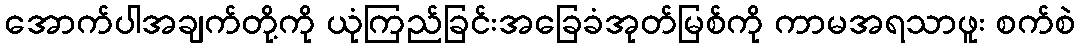
အောက်ပါအချက်တို့ကို ယုံကြည်ခြင်းအခြေခံအုတ်မြစ်ကို ကာမအရသာဖူး စက်စဲ